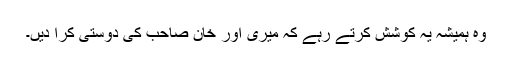
وہ ہمیشہ یہ کوشش کرتے رہے کہ میری اور خان صاحب کی دوستی کرا دیں۔